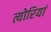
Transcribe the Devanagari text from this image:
त्योरियां